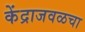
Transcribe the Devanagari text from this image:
केंद्राजवळचा